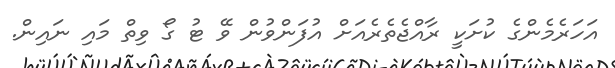
އަހަރެމެންގެ ކުށަކީ ރާއްޖެތެރެއަށް އުފަންވުން ވޭ ޓު ގޯ ވިތް މައި ނައިން.